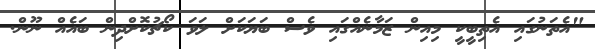
"އެތަނުގައި އެތިބީކީ މިއިން ޒަމާނެއްގައި ވެސް ބަޔަކަށް ލަވަ ކޯޗުކޮށްދިން ބައެއް ނޫން.